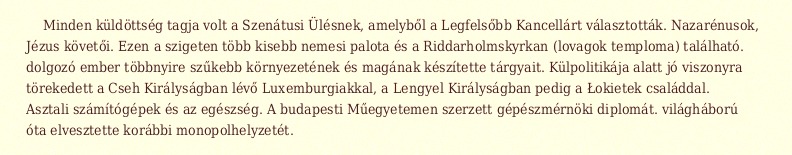
Minden küldöttség tagja volt a Szenátusi Ülésnek, amelyből a Legfelsőbb Kancellárt választották. Nazarénusok, Jézus követői. Ezen a szigeten több kisebb nemesi palota és a Riddarholmskyrkan (lovagok temploma) található. dolgozó ember többnyire szűkebb környezetének és magának készítette tárgyait. Külpolitikája alatt jó viszonyra törekedett a Cseh Királyságban lévő Luxemburgiakkal, a Lengyel Királyságban pedig a Łokietek családdal. Asztali számítógépek és az egészség. A budapesti Műegyetemen szerzett gépészmérnöki diplomát. világháború óta elvesztette korábbi monopolhelyzetét.